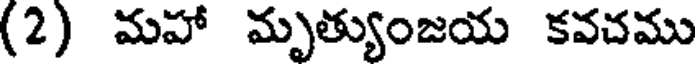
(2) మహా మృత్యుంజయ కవచము